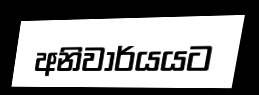
අනිවාර්යයට